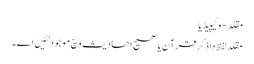
مقلد - وکیپیڈیا
مقلد لفظ دا ذکر قرآن یا صحیح احادیث وچ موجود نئیں ا‏‏ے۔